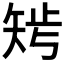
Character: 𥏁